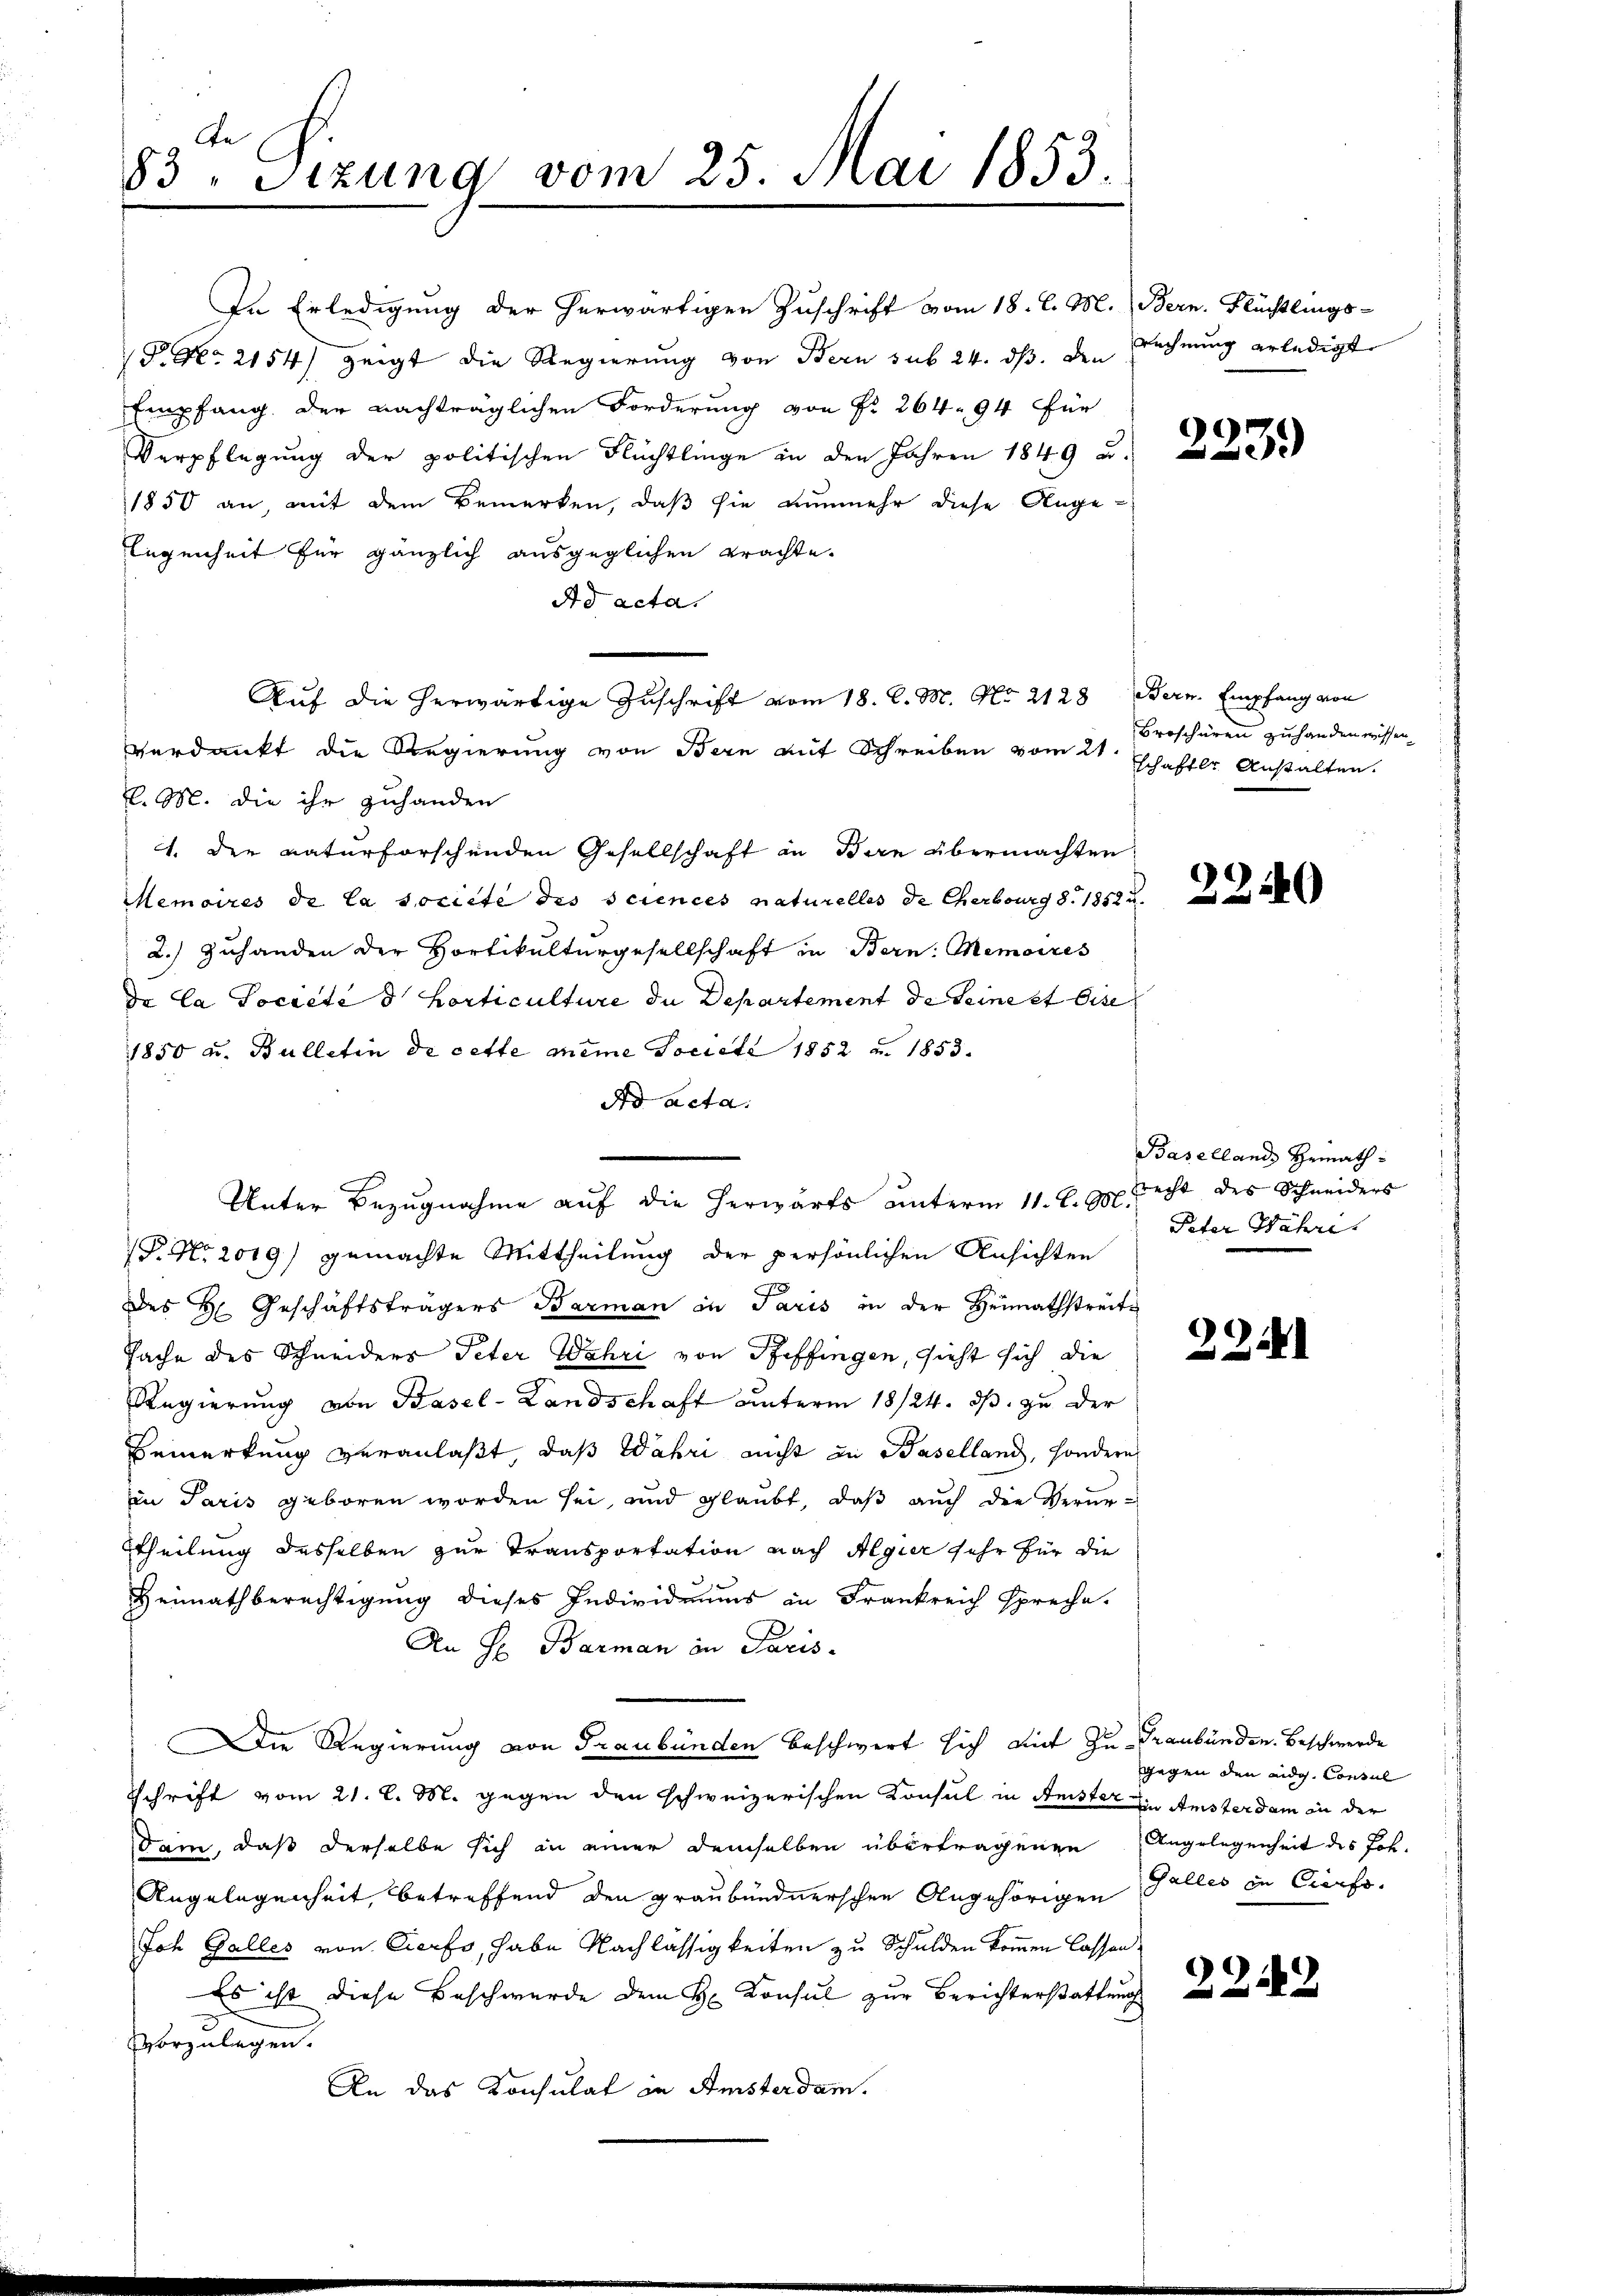
de
83. Sitzung vom 25. Mai 1853.

In Erledigung der herwärtigen Zuschrift vom 18. d. M. Bern. Flüchtlings-
P. Nr. 2154) zeigt die Regierung von Bern sub 24. ds. den Rechnung erledigt
Empfang der nachträglichen Forderung von Fr. 264. 94 für
Verpflegung der politischen Flüchtlinge in den Jahren 1849 u.
1850 an mit dem Bemerken, daß sie nunmehr diese Ange-
legenheit für gänzlich ausgeglichen trachte.
Ad acta.
Verdankt die Regierung von Bern auf Schreiben vom 21.
l. M. die ihr zuhanden
1. Der naturforschenden Gesellschaft in Bern übermachten.
Memoires de la societe des sciences naturelles de Cherbourg S. 1852 u.
2.) Zuhanden der Hortikulturgesellschaft in Bern: Memoires
de la Societe d. Horticulture die Departement de Seine et dise
1850 u. Bulletin de cette même Societe 1852 u. 1853.
do acta.
Unter Bezugnahme auf die herwärts unterm 11. l. M.
P. Nr. 2019) gemachte Mittheilung der persönlichen Ansichten
des H. Geschäftsträgers Barman in Paris in der Heimathstreits
Sache des Schneiders Peter Wahri von Steffingen, sieht sich die
Regierung von Basel-Landschaft unterm 18/24. ds. zu der
Bemerkung veranlaßt, daß Wahri nicht in Baselland, sondern
in Paris geboren worden sei, und glaubt, daß auch die Verun¬
Theilung desselben zur Transportation nach Algier sehr für die
Heimathberechtigung dieses Individuums in Frankreich spreche.
An H. Barman in Paris
Die Regierung von Graubünden beschwert sich mit zu Graubünden. Beschwerde
Schrift vom 21. l. M. gegen den schweizerischen Konsul in Geister in Amsterdam in der
dam, daß derselbe sich in einer demselben übertragenen Angelegenheit des Joh.
Angelegenheit, betreffend den graubündnerschen Angehörigen Galles in Crerfo
Joh Galles von Certo, habe Nachlässigkeiten zu Schulden kommen lassen,
Es ist diese Beschwerde dem H. Konsul zur Berichterstattung
vorzulegen.
An das Konsulat in Amsterdam.

Auf die herwärtige Zuschrift vom 18. d. M. No. 2128 Bern. Empfang von

223.)

Broschüren zuhanden wissen.
schaftler Anstalten.

2240

Basellands Heimathrrecht des Schneiders
Peter Währi

224

gegen den eidg. Consul

22442